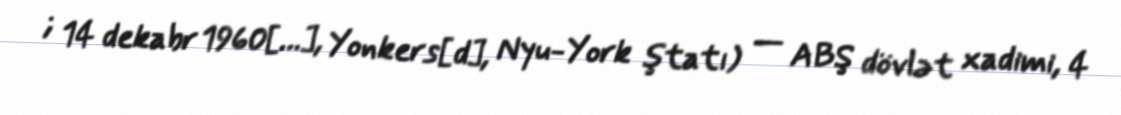
; 14 dekabr 1960[…], Yonkers[d], Nyu-York ştatı) — ABŞ dövlət xadimi, 4